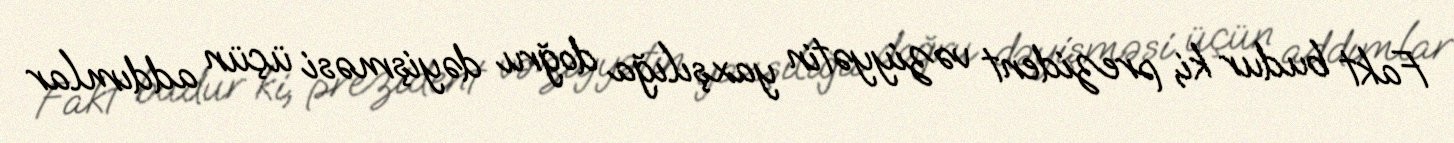
Fakt budur ki, prezident vəziyyətin yaxşılığa doğru dəyişməsi üçün addımlar